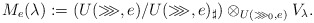
\begin{align*} M_e(\lambda):=(U(\ggg,e)/U(\ggg,e)_\sharp)\otimes_{U(\ggg_0,e)} V_\lambda.\end{align*}